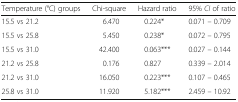
<table><thead><tr><td><b>Temperature (°C) groups</b></td><td><b>Chi-square</b></td><td><b>Hazard ratio</b></td><td><b>95% <i>CI</i> of ratio</b></td></tr></thead><tbody><tr><td>15.5 vs 21.2</td><td>6.470</td><td>0.224*</td><td>0.071 – 0.709</td></tr><tr><td>15.5 vs 25.8</td><td>5.450</td><td>0.238*</td><td>0.072 – 0.795</td></tr><tr><td>15.5 vs 31.0</td><td>42.400</td><td>0.063***</td><td>0.027 – 0.144</td></tr><tr><td>21.2 vs 25.8</td><td>0.176</td><td>0.827</td><td>0.339 – 2.014</td></tr><tr><td>21.2 vs 31.0</td><td>16.050</td><td>0.223***</td><td>0.107 – 0.465</td></tr><tr><td>25.8 vs 31.0</td><td>11.920</td><td>5.182***</td><td>2.459 – 10.92</td></tr></tbody></table>